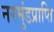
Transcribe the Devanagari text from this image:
नरमुंडप्राप्ति